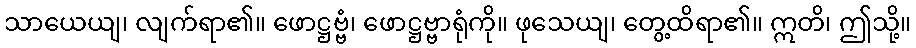
သာယေယျ၊ လျက်ရာ၏။ ဖောဋ္ဌဗ္ဗံ၊ ဖောဋ္ဌဗ္ဗာရုံကို။ ဖုသေယျ၊ တွေ့ထိရာ၏။ ဣတိ၊ ဤသို့။